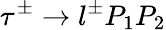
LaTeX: \tau^{\pm}\to l^{\pm}P_{1}P_{2}